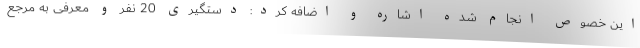
این خصوص انجام شده اشاره و اضافه کرد: دستگیری 20 نفر و معرفی به مرجع